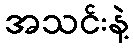
အသင်းနဲ့